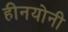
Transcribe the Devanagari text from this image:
हीनयोनी